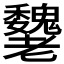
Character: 𦓌